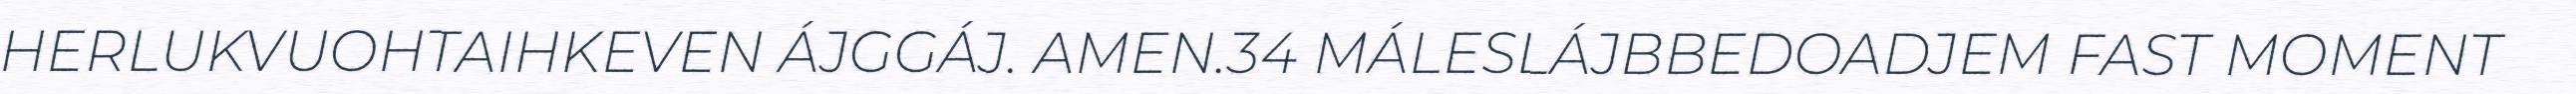
HERLUKVUOHTAIHKEVEN ÁJGGÁJ. AMEN.34 MÁLESLÁJBBEDOADJEM FAST MOMENT